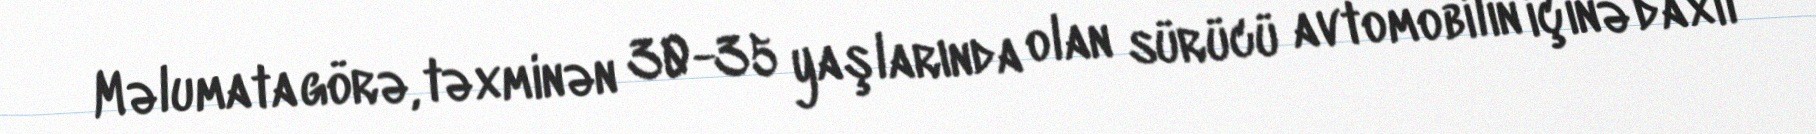
Məlumata görə, təxminən 30-35 yaşlarında olan sürücü avtomobilin içinə daxil